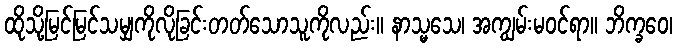
ထိုသို့မြင်မြင်သမျှကိုလိုခြင်းတတ်သောသူကိုလည်း။ နာသ္မသေ၊ အကျွမ်းမဝင်ရာ။ ဘိက္ခဝေ၊